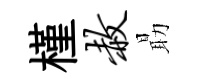
槿赦朂